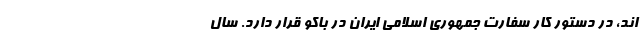
اند، در دستور کار سفارت جمهوری اسلامی ایران در باکو قرار دارد. سال